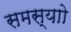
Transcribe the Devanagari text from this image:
समस्याो